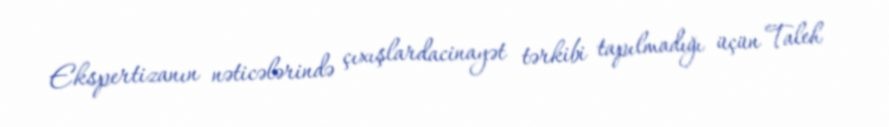
Ekspertizanın nəticələrində çıxışlardacinayət tərkibi tapılmadığı üçün Taleh